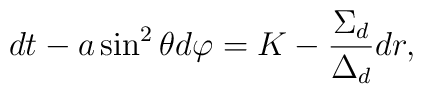
dt - a\sin^2\theta d\varphi= K - \frac{\Sigma_d}{\Delta_d} dr,